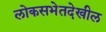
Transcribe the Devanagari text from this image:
लोकसभेतदेखील